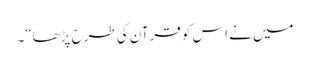
میں نے اس کو قرآن کی طرح پڑھا“۔